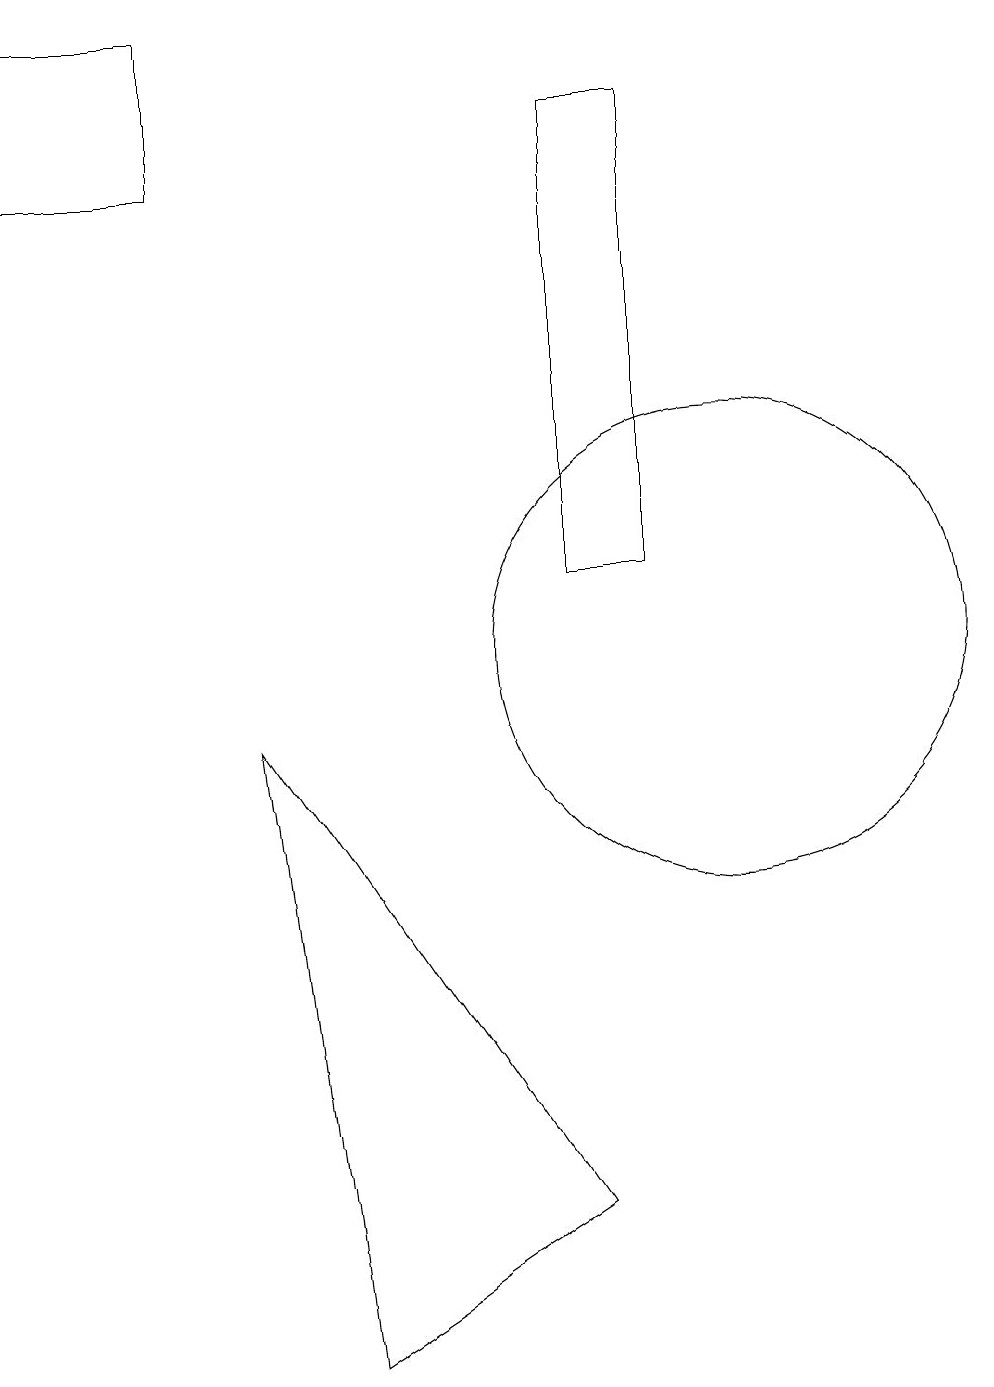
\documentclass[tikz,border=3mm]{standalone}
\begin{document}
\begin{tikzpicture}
\draw (3,18) rectangle (1,16);
\draw (10,10) circle (3);
\draw (4,9) -- (8,3) -- (5,1) -- cycle;
\draw (8,17) rectangle (9,11);
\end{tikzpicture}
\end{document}